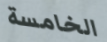
الخامسة